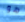
هو